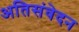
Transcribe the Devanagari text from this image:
अतिसंवेदन